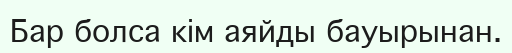
Бар болса кім аяйды бауырынан.